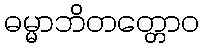
ဓမ္မာဘိတတ္တောဝ